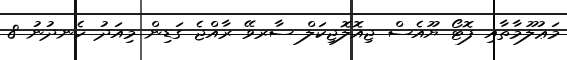
މަޢުލޫމާތާއި ފޮޓޯ ޔޫއެސް ޖިއޮލޮޖިކަލް ސާރވޭ ރާއްޖެ ގަޑިން މިއަދު ހެނދުނު 8